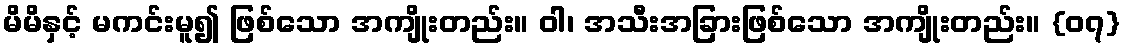
မိမိနှင့် မကင်းမူ၍ ဖြစ်သော အကျိုးတည်း။ ဝါ၊ အသီးအခြားဖြစ်သော အကျိုးတည်း။ {၀၇}